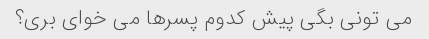
می تونی بگی پیش کدوم پسرها می خوای بری؟